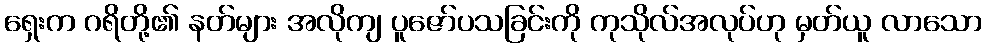
ရှေးက ဂရိတို့၏ နတ်များ အလိုကျ ပူဇော်ပသခြင်းကို ကုသိုလ်အလုပ်ဟု မှတ်ယူ လာသော